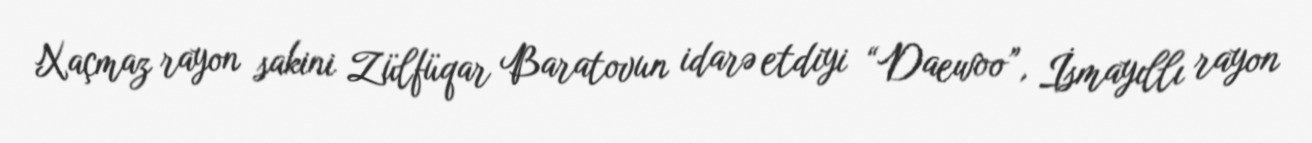
Xaçmaz rayon sakini Zülfüqar Baratovun idarə etdiyi “Daewoo”, İsmayıllı rayon